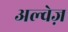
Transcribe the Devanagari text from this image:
अल्वेज़